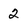
Character: 2